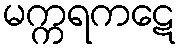
မက္ကရကဋေ